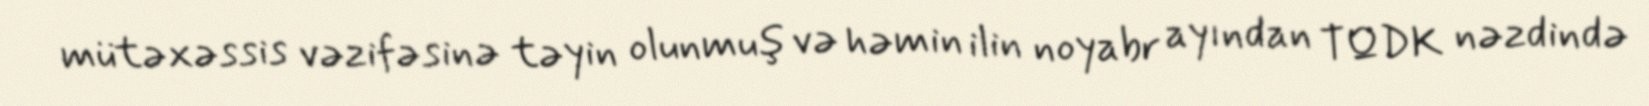
mütəxəssis vəzifəsinə təyin olunmuş və həmin ilin noyabr ayından TQDK nəzdində